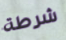
شرطة